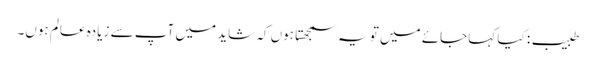
طبیب: کیا کہاجائے میں تو یہ سمجھتا ہوں کہ شاید میں آپ سے زیادہ عالم ہوں۔